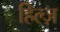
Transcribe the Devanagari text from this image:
हिल्ज़